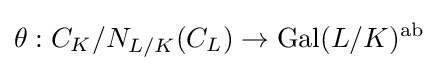
\theta :C_{K}/{N_{L/K}(C_{L})}\to \operatorname {Gal} (L/K)^{\text{ab}}